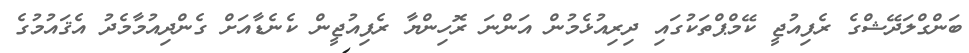
ބަންގްލަދޭޝްގެ ރެފިއުޖީ ކޭމްޕްތަކުގައި ދިރިއުޅެމުން އަންނަ ރޮހިންޔާ ރެފިއުޖީން ކެނެޑާއަށް ގެންދިއުމާމެދު އެޤައުމުގެ